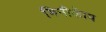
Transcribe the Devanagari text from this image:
मिनीकॅाय